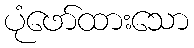
ပုံဖော်ထားသော